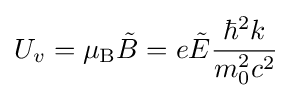
U_{v}=\mu _{\rm {B}}{\tilde {B}}=e{\tilde {E}}{\frac {\hbar ^{2}k}{m_{0}^{2}c^{2}}}